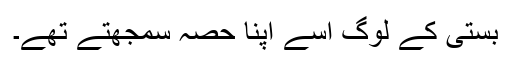
بستی کے لوگ اسے اپنا حصہ سمجھتے تھے۔